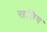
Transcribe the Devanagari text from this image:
सतिष